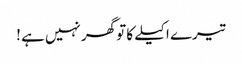
تیرے اکیلے کا تو گھر نہیں ہے !